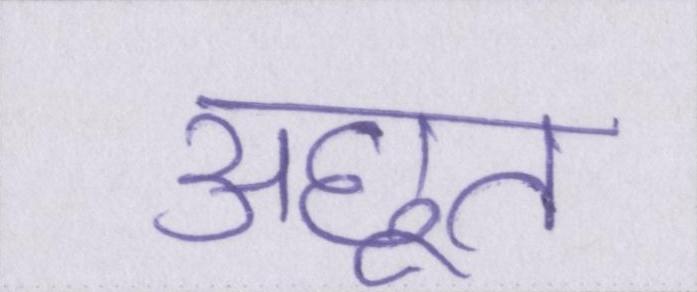
अछूत